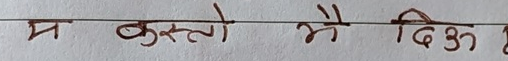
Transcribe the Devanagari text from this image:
म कस्तो भै दिऊँ